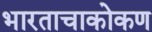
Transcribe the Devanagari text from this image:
भारताचाकोकण